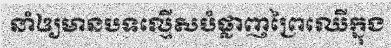
នាំឲ្យមានបទល្មើសបំផ្លាញព្រៃឈើក្នុង